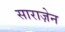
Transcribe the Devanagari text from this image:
साराज़ेन